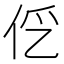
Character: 𰁭